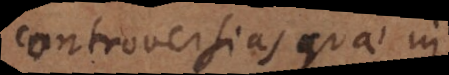
controversias quae in